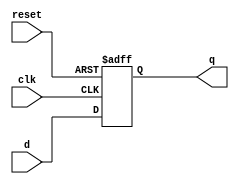
module DFF(q, d, clk, reset);
    output q;
    input d, clk, reset;
    reg q;
    always@(posedge reset or negedge clk)
    if(reset)
        q=1'b0;
    else
        q=d;
endmodule

module MUX4_1(s0, s1, i0,i1,i2,i3,o);
    input s0, s1, i0, i1, i2, i3;
    output o;
    wire y0, y1, y2, y3;
    assign y0=i0*~s1*~s0;
    assign y1=i1*~s1*s0;
    assign y2=i2*s1*~s0;
    assign y3=i3*s1*s0;
    assign o=y0+y1+y2+y3;
endmodule

module Shift_Register(i, s, o, clk, reset, r);
    input [0:7] i;
    input [0:1] s;
    input clk, reset, r;
    wire [0:7] mux_o;
    output [0:7] o;

    MUX4_1 mux0(s[0],s[1],o[0], r, o[1], i[0], mux_o[0]);
    MUX4_1 mux1(s[0],s[1], o[1], o[0], o[2], i[1], mux_o[1]);
    MUX4_1 mux2(s[0],s[1], o[2], o[1], o[3], i[2], mux_o[2]);
    MUX4_1 mux3(s[0],s[1], o[3], o[2], o[4], i[3], mux_o[3]);
    MUX4_1 mux4(s[0],s[1], o[4], o[3], o[5],i[4],mux_o[4]);
    MUX4_1 mux5(s[0],s[1], o[5], o[4], o[6],i[5],mux_o[5]);
    MUX4_1 mux6(s[0],s[1], o[6], o[5], o[7],i[6],mux_o[6]);
    MUX4_1 mux7(s[0],s[1], o[7], o[6], r,i[7],mux_o[7]);

    DFF dff0(o[0], mux_o[0], clk, reset);
    DFF dff1(o[1], mux_o[1], clk, reset);
    DFF dff2(o[2], mux_o[2], clk, reset);
    DFF dff3(o[3], mux_o[3], clk, reset);
    DFF dff4(o[4], mux_o[4], clk, reset);
    DFF dff5(o[5], mux_o[5], clk, reset);
    DFF dff6(o[6], mux_o[6], clk, reset);
    DFF dff7(o[7], mux_o[7], clk, reset);

endmodule